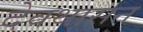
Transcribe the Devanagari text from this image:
देवथासन